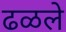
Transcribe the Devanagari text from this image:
ढळले